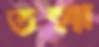
তন্মা